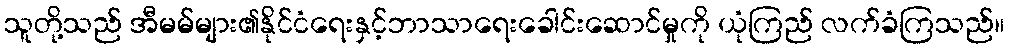
သူတို့သည် အီမမ်များ၏နိုင်ငံရေးနှင့်ဘာသာရေးခေါင်းဆောင်မှုကို ယုံကြည် လက်ခံကြသည်။